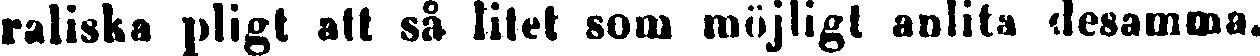
raliska pligt att så lilet som möjligt anlita desamma.